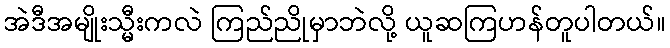
အဲဒီအမျိုးသ္မီးကလဲ ကြည်ညိုမှာဘဲလို့ ယူဆကြဟန်တူပါတယ်။